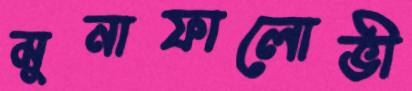
মুনাফালোভী